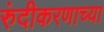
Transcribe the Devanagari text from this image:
रुंदीकरणाच्या